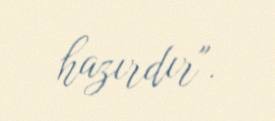
hazırdır".